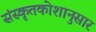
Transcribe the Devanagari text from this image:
संस्कृतकोशानुसार